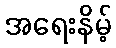
အရေးနိမ့်